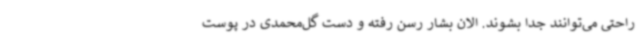
راحتی می‌توانند جدا بشوند. الان بشار رسن رفته و دست گل‌محمدی در پوست